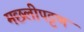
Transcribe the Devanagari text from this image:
मछलीपट्टण